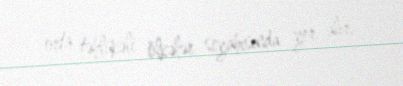
orta təhlükəli ölkələr siyahısında yer alır.